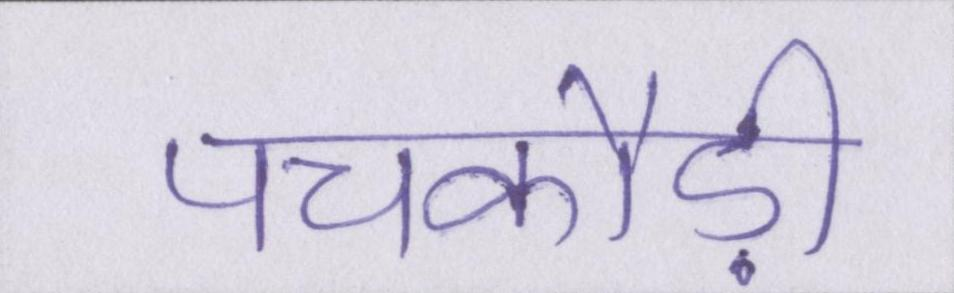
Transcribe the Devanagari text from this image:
पचकौड़ी